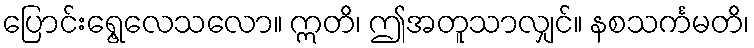
ပြောင်းရွေ့လေသလော။ ဣတိ၊ ဤအတူသာလျှင်။ နစသင်္ကမတိ၊